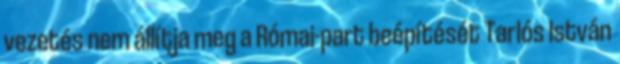
vezetés nem állítja meg a Római-part beépítését Tarlós István